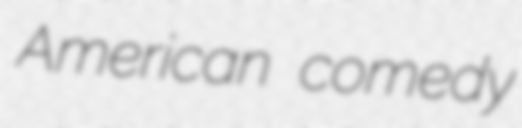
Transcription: American comedy